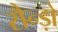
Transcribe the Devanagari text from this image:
रौन्ड़ो